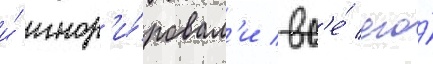
и́ игнор'и́ровал'и вс'е́ его́